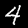
Label: 4